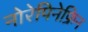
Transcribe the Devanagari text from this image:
नोरेपिनेफ्रिन